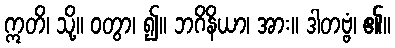
ဣတိ၊ သို့။ ဝတွာ၊ ၍။ ဘဂိနိယာ၊ အား။ ဒါတဗ္ဗံ၊ ၏။